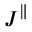
\boldsymbol J ^ { \parallel }